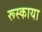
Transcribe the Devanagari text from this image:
रूस्काया